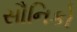
સૌનિકો